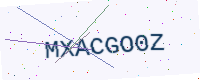
Text: MXACGO0Z